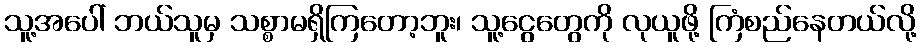
သူ့အပေါ် ဘယ်သူမှ သစ္စာမရှိကြတော့ဘူး၊ သူ့ငွေတွေကို လုယူဖို့ ကြံစည်နေတယ်လို့